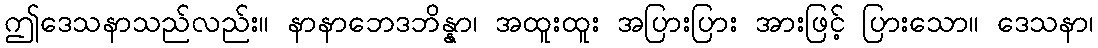
ဤဒေသနာသည်လည်း။ နာနာဘေဒဘိန္နာ၊ အထူးထူး အပြားပြား အားဖြင့် ပြားသော။ ဒေသနာ၊